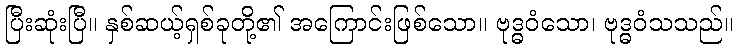
ပြီးဆုံးပြီ။ နှစ်ဆယ့်ရှစ်ခုတို့၏ အကြောင်းဖြစ်သော။ ဗုဒ္ဓဝံသော၊ ဗုဒ္ဓဝံသသည်။